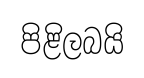
පිළිලබයි